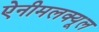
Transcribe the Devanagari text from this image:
ऐनीमलक्यूल